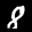
Label: 8